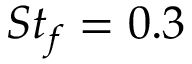
S t _ { f } = 0 . 3